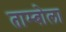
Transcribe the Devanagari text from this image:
ताम्बोला